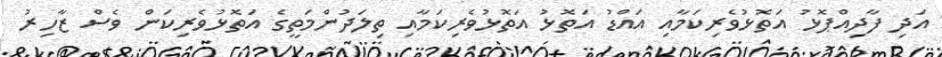
އަދި ފާދިއްޕޮޅު އަތޮޅުވެރިކަމާއި އައްޑު އަތޮޅު އަތޮޅުވެރިކަމާއި ތިލަދުންމަތީގެ އަތޮޅުވެރިކަން ވެސް ޒާހިރު